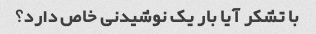
با تشکر آیا بار یک نوشیدنی خاص دارد؟